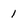
Character: 1